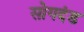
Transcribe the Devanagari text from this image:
सोगदंड